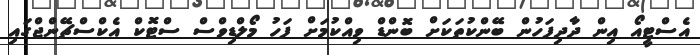
އެސްޓީއޯ އިން ދާދިފަހުން ބޭންކުތަކަށް ބޮންޑް ވިއްކުމަށް ފަހު މޯލްޑިވްސް ސްޓޮކް އެކްސްޗޭންޖްގައި